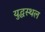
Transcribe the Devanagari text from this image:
युद्धस्‍थल